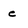
Character: e